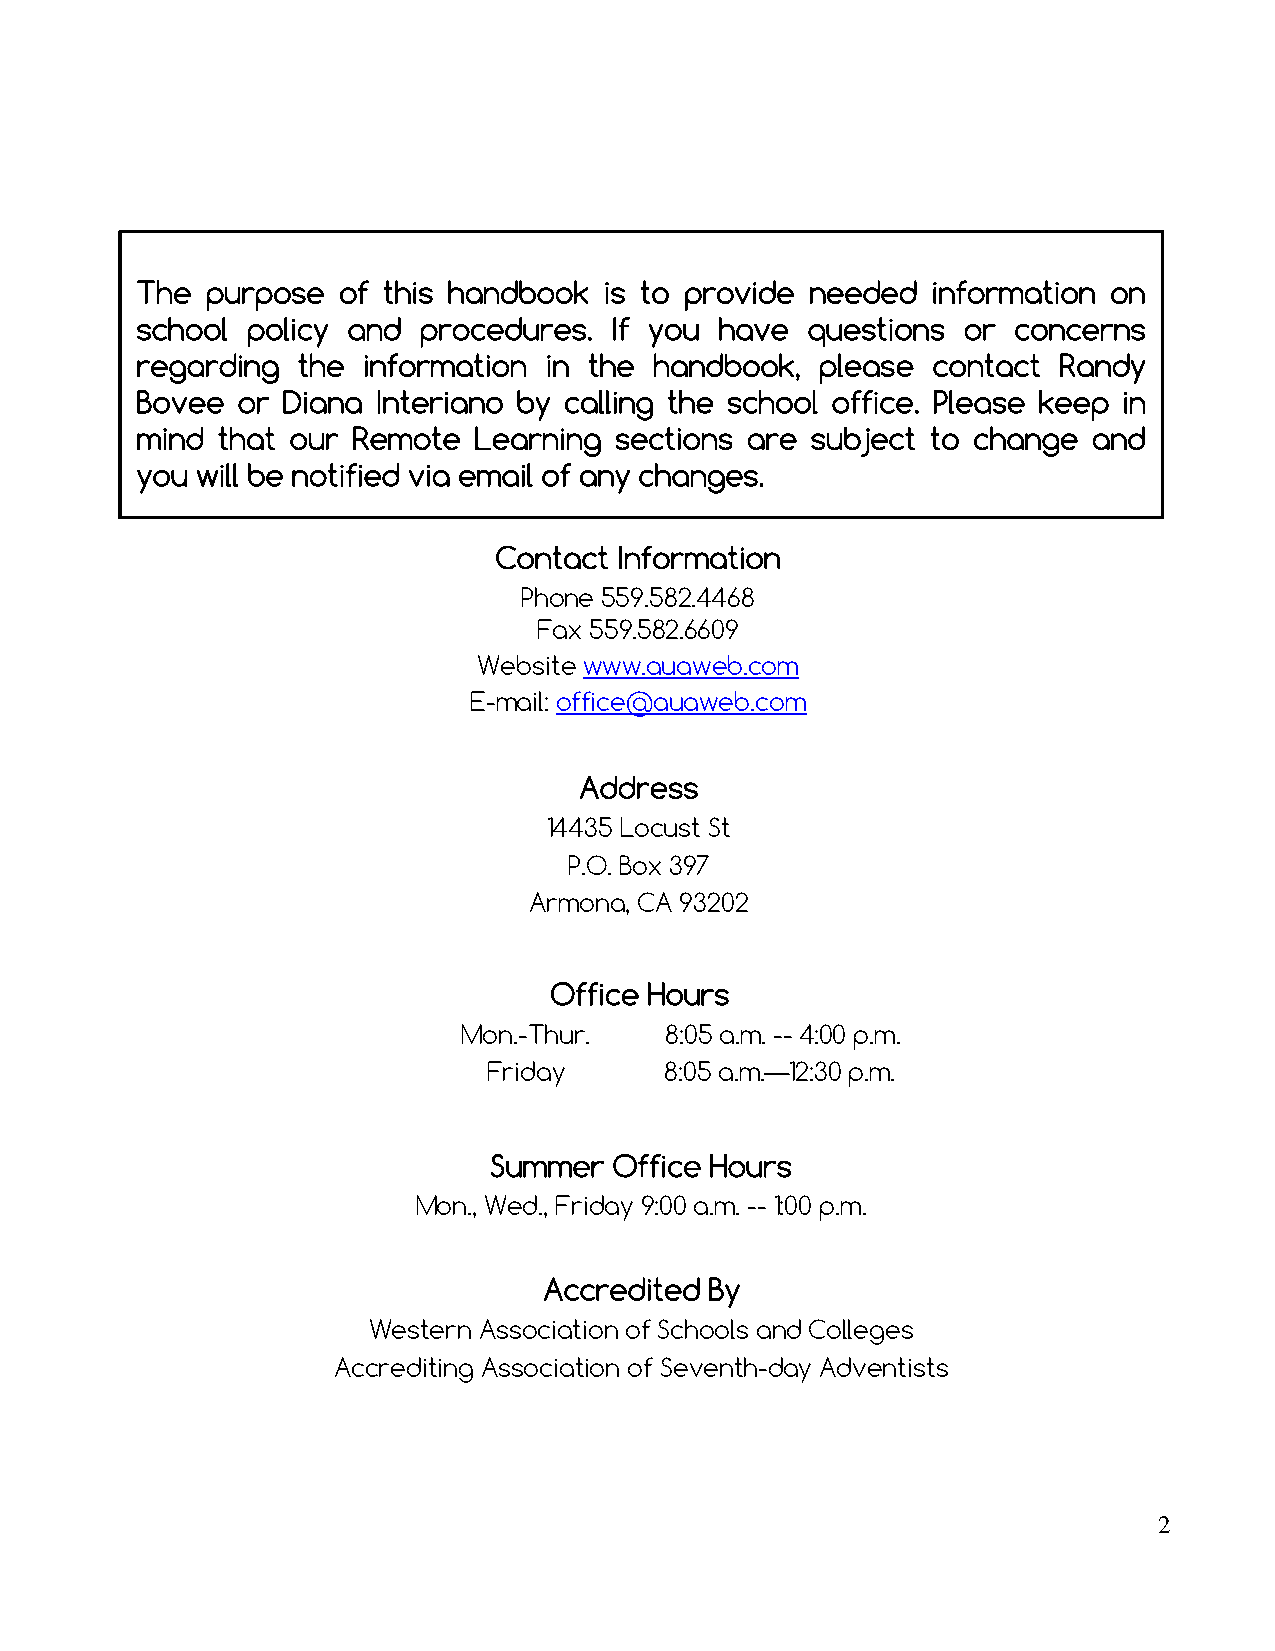
The  purpose of this handbook  is to provide needed  information on
 school policy and  procedures. If you  have questions  or concerns
 regarding  the information in the handbook,  please  contact Randy
 Bovee  or Diana Interiano by calling the school office. Please keep in
 mind that our Remote  Learning  sections are subject to change and
 you will be notified via email of any changes.
 Contact Information
 Phone 559.582.4468
 Fax 559.582.6609
 Website www.auaweb.com
 E-mail: office@auaweb.com
 Address
 14435 Locust St
 P.O. Box 397
 Armona, CA 93202
 Office Hours
 Mon.-Thur.   8:05 a.m. -- 4:00 p.m.
 Friday      8:05 a.m.—12:30 p.m.
 Summer   Office Hours
 Mon., Wed., Friday 9:00 a.m. -- 1:00 p.m.
 Accredited By
 Western Association of Schools and Colleges
 Accrediting Association of Seventh-day Adventists
 2